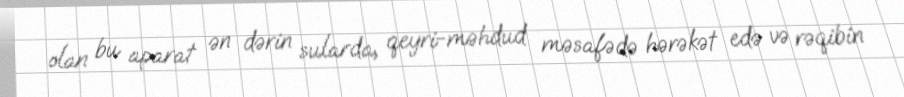
olan bu aparat ən dərin sularda, qeyri-məhdud məsafədə hərəkət edə və rəqibin